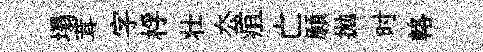
塌茸字桴壮厺疽亡願拋时輅